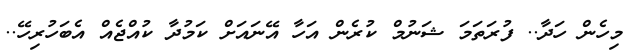
މިހެން ހަދާ.. ފުރަތަމަ ޝަނުމް ކުރެން އަހާ އޭނައަށް ކަމުދާ ކުއްޖެއް އެބަހުރިހޭ..